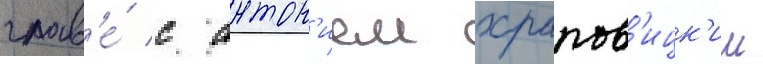
глав'е́ с антон'ием храпов'ицк'им